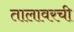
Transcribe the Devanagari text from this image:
तालावरची